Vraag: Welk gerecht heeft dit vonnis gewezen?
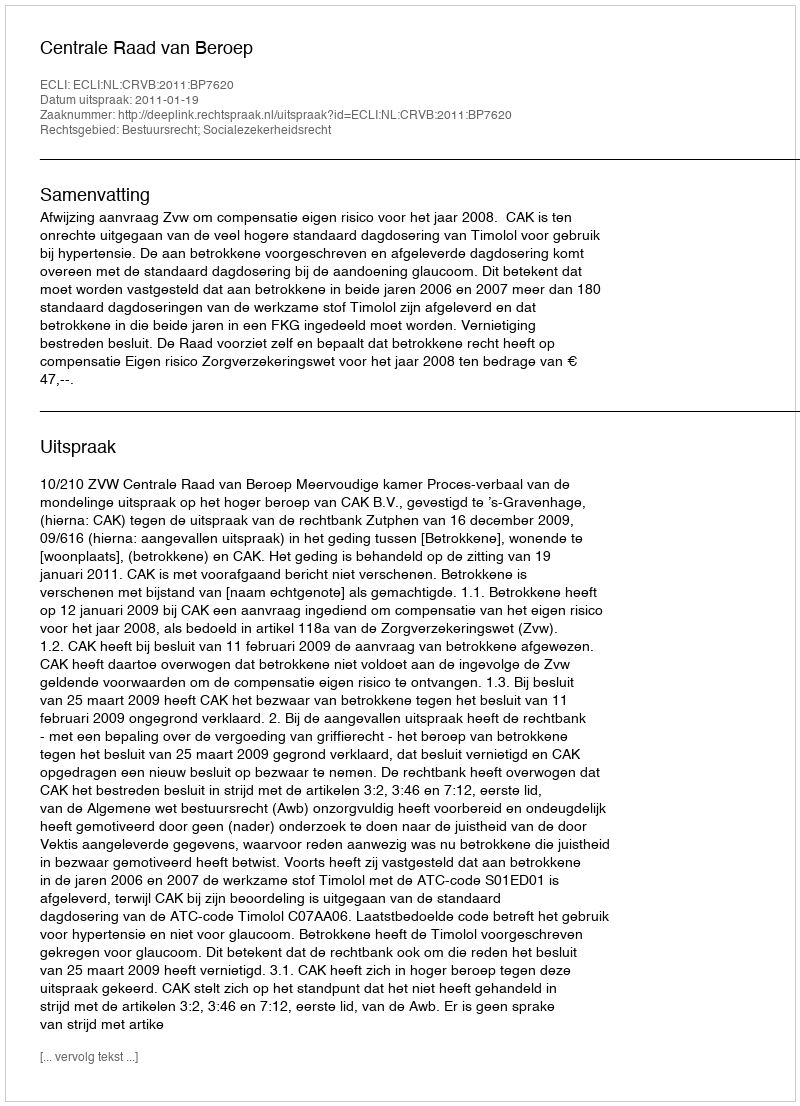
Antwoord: Centrale Raad van Beroep